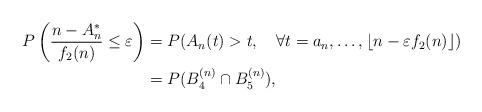
LaTeX: \begin{align*}P\left(\frac{n-A_n^*}{f_2(n)}\leq\varepsilon\right)&=P(A_n(t)>t,\quad\forall t=a_n,\ldots,\lfloor n-\varepsilon f_2(n)\rfloor)\\&=P(B_4^{(n)}\cap B_5^{(n)}),\end{align*}